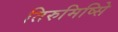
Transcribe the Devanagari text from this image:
तिरुमिष्सिे